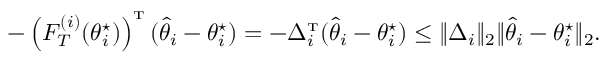
- \left( { F } _ { T } ^ { ( i ) } ( \theta _ { i } ^ { \star } ) \right) ^ { \mathrm { \scriptscriptstyle T } } ( \hat { \theta } _ { i } - \theta _ { i } ^ { \star } ) = - \Delta _ { i } ^ { \mathrm { \scriptscriptstyle T } } ( \hat { \theta } _ { i } - \theta _ { i } ^ { \star } ) \leq \| \Delta _ { i } \| _ { 2 } \| \hat { \theta } _ { i } - \theta _ { i } ^ { \star } \| _ { 2 } .